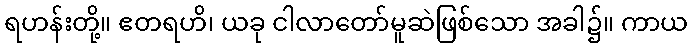
ရဟန်းတို့။ ဧတရဟိ၊ ယခု ငါလာတော်မူဆဲဖြစ်သော အခါ၌။ ကာယ